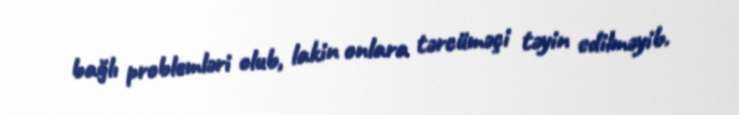
bağlı problemləri olub, lakin onlara tərcüməçi təyin edilməyib.